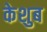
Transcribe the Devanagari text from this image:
केशुब